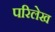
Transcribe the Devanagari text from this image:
परिलेख